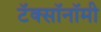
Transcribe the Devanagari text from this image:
टॅक्सॉनॉमी